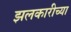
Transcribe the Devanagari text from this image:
झलकारीच्या